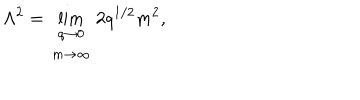
LaTeX: \Lambda ^ { 2 } = \lim _ { \begin{array} { c } { { q \rightarrow 0 } } \\ { { m \rightarrow \infty } } \\ \end{array} } 2 q ^ { 1 / 2 } m ^ { 2 } ,